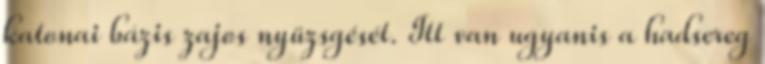
katonai bázis zajos nyüzsgését. Itt van ugyanis a hadsereg